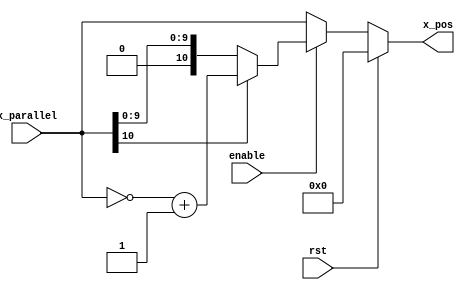
`timescale 1ns / 1ps
//////////////////////////////////////////////////////////////////////////////////
// Company: 
// Engineer: 
// 
// Design Name: 
// Module Name: N_complement
// Project Name: 
// Target Devices: 
// Tool Versions: 
// Description: 
// 
// Dependencies: 
// 
// Revision:
// Revision 0.01 - File Created
// Additional Comments:
// 
//////////////////////////////////////////////////////////////////////////////////


module N_complement
    ( input [10:0] x_parallel, input enable, input rst, 
    output reg [10:0] x_pos
    );
 
    always @ (*) begin 
 
        if (rst) 
            x_pos = 0; 
        
        else begin 
            if (enable) begin 
                if(x_parallel[10] == 1)
                x_pos = ~(x_parallel) + 1'b1;  
                    
            else 
            x_pos = x_parallel;
        end
        
        else    
        x_pos = x_parallel; 
        
        end
 end       
endmodule